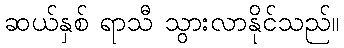
ဆယ်နှစ် ရာသီ သွားလာနိုင်သည်။